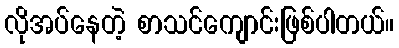
လိုအပ်နေတဲ့ စာသင်ကျောင်းဖြစ်ပါတယ်။